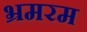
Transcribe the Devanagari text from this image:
भ्रमरम